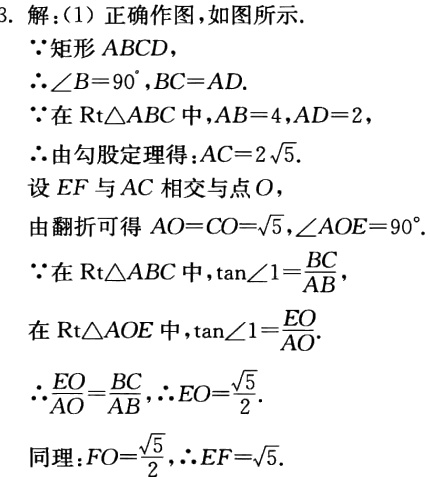
3. 解：（1）正确作图，如图所示.

\(\because\)矩形\(ABCD\)，

\(\therefore\angle B = 90^{\circ},BC = AD\).

\(\because\)在\(\text{Rt}\triangle ABC\)中，\(AB = 4,AD = 2\)，

\(\therefore\)由勾股定理得：\(AC = 2\sqrt{5}\).

设\(EF\)与\(AC\)相交与点\(O\)，

由翻折可得 \(AO = CO=\sqrt{5},\angle AOE = 90^{\circ}\).

\(\because\)在\(\text{Rt}\triangle ABC\)中，\(\tan\angle1=\frac{BC}{AB}\)，

在\(\text{Rt}\triangle AOE\)中，\(\tan\angle1=\frac{EO}{AO}\).

\(\therefore\frac{EO}{AO}=\frac{BC}{AB},\therefore EO=\frac{\sqrt{5}}{2}\).

同理：\(FO=\frac{\sqrt{5}}{2},\therefore EF=\sqrt{5}\).